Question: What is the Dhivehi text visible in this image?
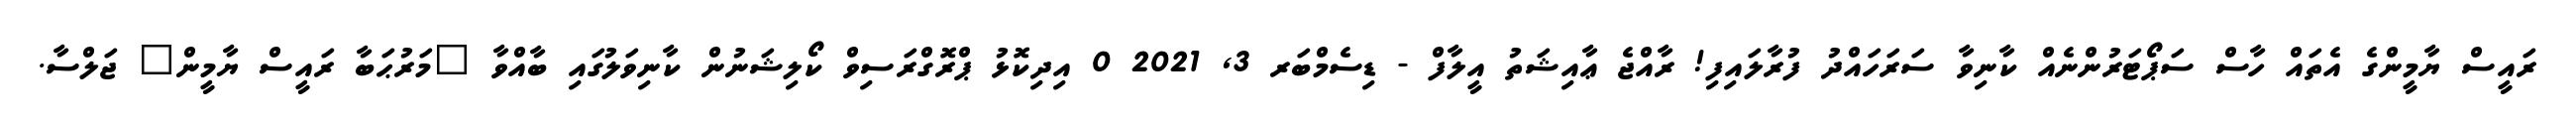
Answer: ރައީސް ޔާމީންގެ އެތައް ހާސް ސަޕޯޓަރުންނެއް ކާނިވާ ސަރަހައްދު ފުރާލައިފި! ރާއްޖެ ޢާއިޝަތު އީލާފް - ޑިސެމްބަރ 3, 2021 0 އިދިކޮޅު ޕްރޮގްރަސިވް ކޯލިޝަނުން ކާނިވަލުގައި ބާއްވާ "މަރުޙަބާ ރައީސް ޔާމީން" ޖަލްސާ.